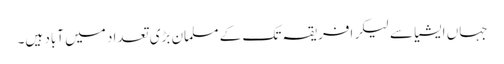
جہاں ایشیا سے لیکر افریقہ تک کے مسلمان بڑی تعداد میں آباد ہیں۔